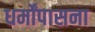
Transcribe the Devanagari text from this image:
धर्मोंपासना